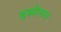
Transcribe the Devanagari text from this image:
इसोमार